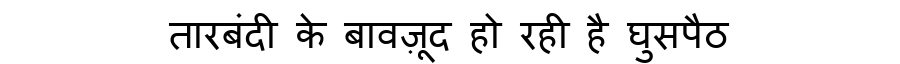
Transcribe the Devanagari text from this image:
तारबंदी के बावज़ूद हो रही है घुसपैठ